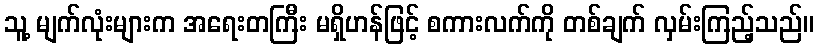
သူ့ မျက်လုံးများက အရေးတကြီး မရှိဟန်ဖြင့် စကားလက်ကို တစ်ချက် လှမ်းကြည့်သည်။